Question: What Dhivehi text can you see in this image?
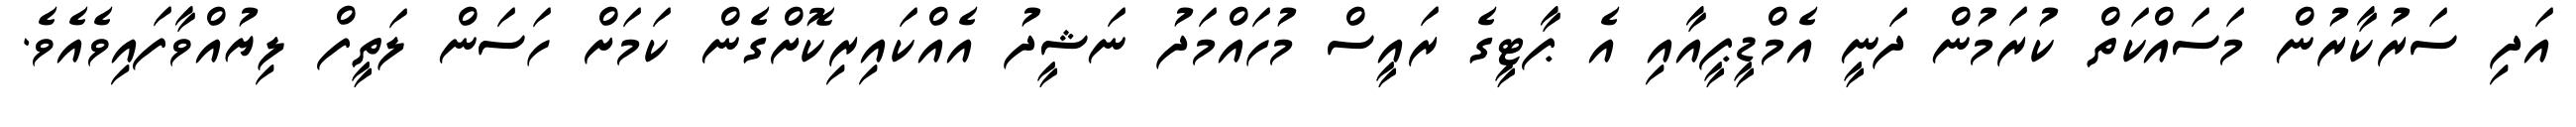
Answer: އަދި ސަރުކާރުން މަސައްކަތް ކުރަމުން ދަނީ އެމްޑީޕީއާއި އެ ޕާޓީގެ ރައީސް މުހައްމަދު ނަޝީދު އެއްކައިރިކޮށްގެން ކަމަށް ހަސަން ލަތީފް ލިޔުއްވާފައިވެއެވެ.